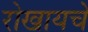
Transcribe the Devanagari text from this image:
रोखायचे